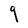
Character: q